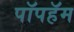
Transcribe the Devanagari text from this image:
पॉपहॅम